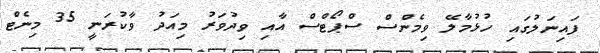
ފައިނަލުގައި ހުޅުމާލޭ ވިމެންސް ސްޕޯޓްސް އާއި ވިދުވަރު މިއަދު ވާކުރަނީ 35 މިނެޓް